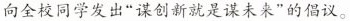
向全校同学发出”谋创新就是谋未来”的倡议。